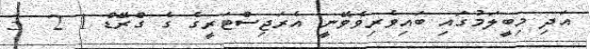
އަދި މިބީލަމުގައި ބައިވެރިވެވޭނީ އެރަޖިސްޓަރީގެ ގެ ގްރޭޑް 1 2  3